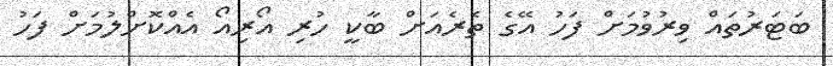
ބަޓަރުތައް ވިރުވުމަށް ފަހު އޭގެ ތެރެއަށް ބާކީ ހުރި އޯރިއޯ އެއްކޮށްލުމަށް ފަހު